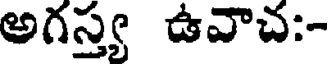
అగస్త్య ఉవాచ:-